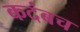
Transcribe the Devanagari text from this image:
कदंबच